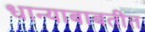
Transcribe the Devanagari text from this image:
धान्याबाबतीत